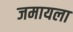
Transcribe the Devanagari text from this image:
जमायला